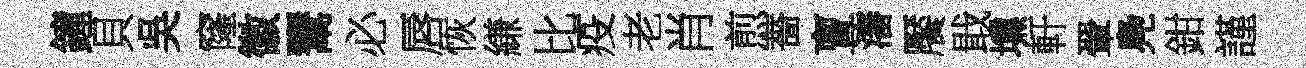
鐘貝吳窿徽鬻必唇恢縑比疫老肖煎薔亶瀋饜戢壎軒翬鳧鉗謹